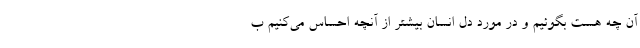
آن چه هست بگوئیم و در مورد دل انسان بیشتر از آنچه احساس می‌کنیم ب